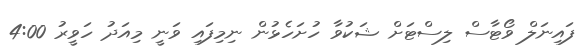
ފައިނަލް ވޯޓާސް ލިސްޓަށް ޝަކުވާ ހުށަހެޅުން ނިމިފައި ވަނީ މިއަދު ހަވީރު 4:00